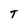
Character: T